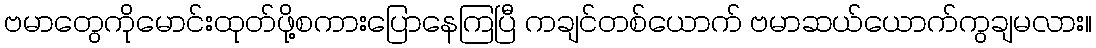
ဗမာတွေကိုမောင်းထုတ်ဖို့စကားပြောနေကြပြီ ကချင်တစ်ယောက် ဗမာဆယ်ယောက်ကွချမလား။